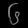
Digit: ၆